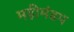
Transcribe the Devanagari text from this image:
महीमंडप